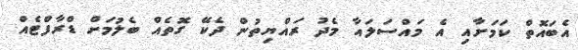
އެބައޮތް ކަމަށާއި އެ މައްސަލައާ މެދު ރައްޔިތުން ދެކޭ ގޮތެއް ބެލުމަށް ޑްރާފްޓެއް